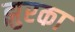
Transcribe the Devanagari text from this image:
झुरका